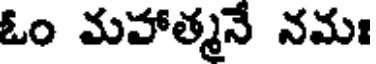
ఓం మహాత్మనే నమః